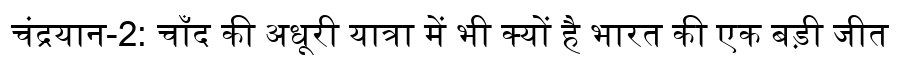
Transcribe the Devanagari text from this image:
चंद्रयान-2: चाँद की अधूरी यात्रा में भी क्यों है भारत की एक बड़ी जीत